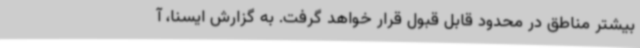
بیشتر مناطق در محدود قابل قبول قرار خواهد گرفت. به گزارش ایسنا، آ